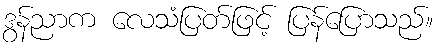
ဒွန်ညာက လေသံပြတ်ဖြင့် ပြန်ပြောသည်။